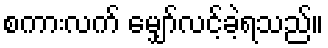
စကားလက် မျှော်လင့်ခဲ့ရသည်။